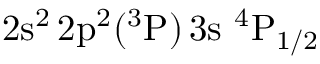
\mathrm { 2 s ^ { 2 } \, 2 p ^ { 2 } ( ^ { 3 } P ) \, 3 s ~ ^ { 4 } P _ { 1 / 2 } }